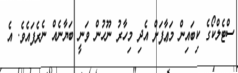
ސްޓެލްކޯގެ ކިބައިން މަޢާފަށް އެދި މިހާރު ނޫހުން ވަނީ ބަޔާނެއް ނެރެފައެވެ. އެ